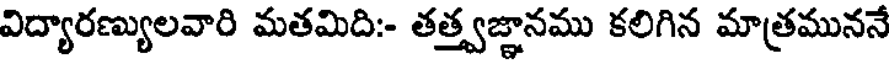
విద్యారణ్యులవారి మతమిది:- తత్త్వజ్ఞానము కలిగిన మాత్రముననే